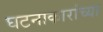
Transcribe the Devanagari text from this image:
घटनाकारांच्या